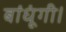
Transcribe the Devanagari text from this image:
बांधूंगी।